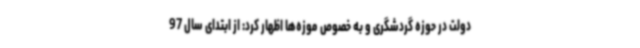
دولت در حوزه گردشگری و به خصوص موزه‌ها اظهار کرد: از ابتدای سال 97